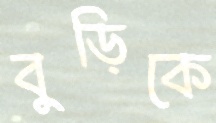
বুড়িকে